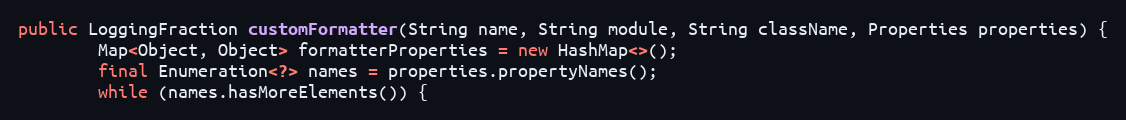
Language: Java
public LoggingFraction customFormatter(String name, String module, String className, Properties properties) {
        Map<Object, Object> formatterProperties = new HashMap<>();
        final Enumeration<?> names = properties.propertyNames();
        while (names.hasMoreElements()) {